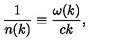
{ \frac { 1 } { n ( k ) } } \equiv { \frac { \omega ( k ) } { c k } } ,